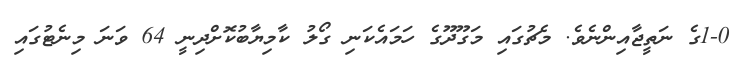
1-0ގެ ނަތީޖާއިންނެވެ. މެޗުގައި މަގޫދޫގެ ހަމައެކަނި ގޯލު ކާމިޔާބުކޮށްދިނީ 64 ވަނަ މިނެޓުގައި